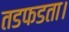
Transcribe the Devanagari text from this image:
तडफडता।